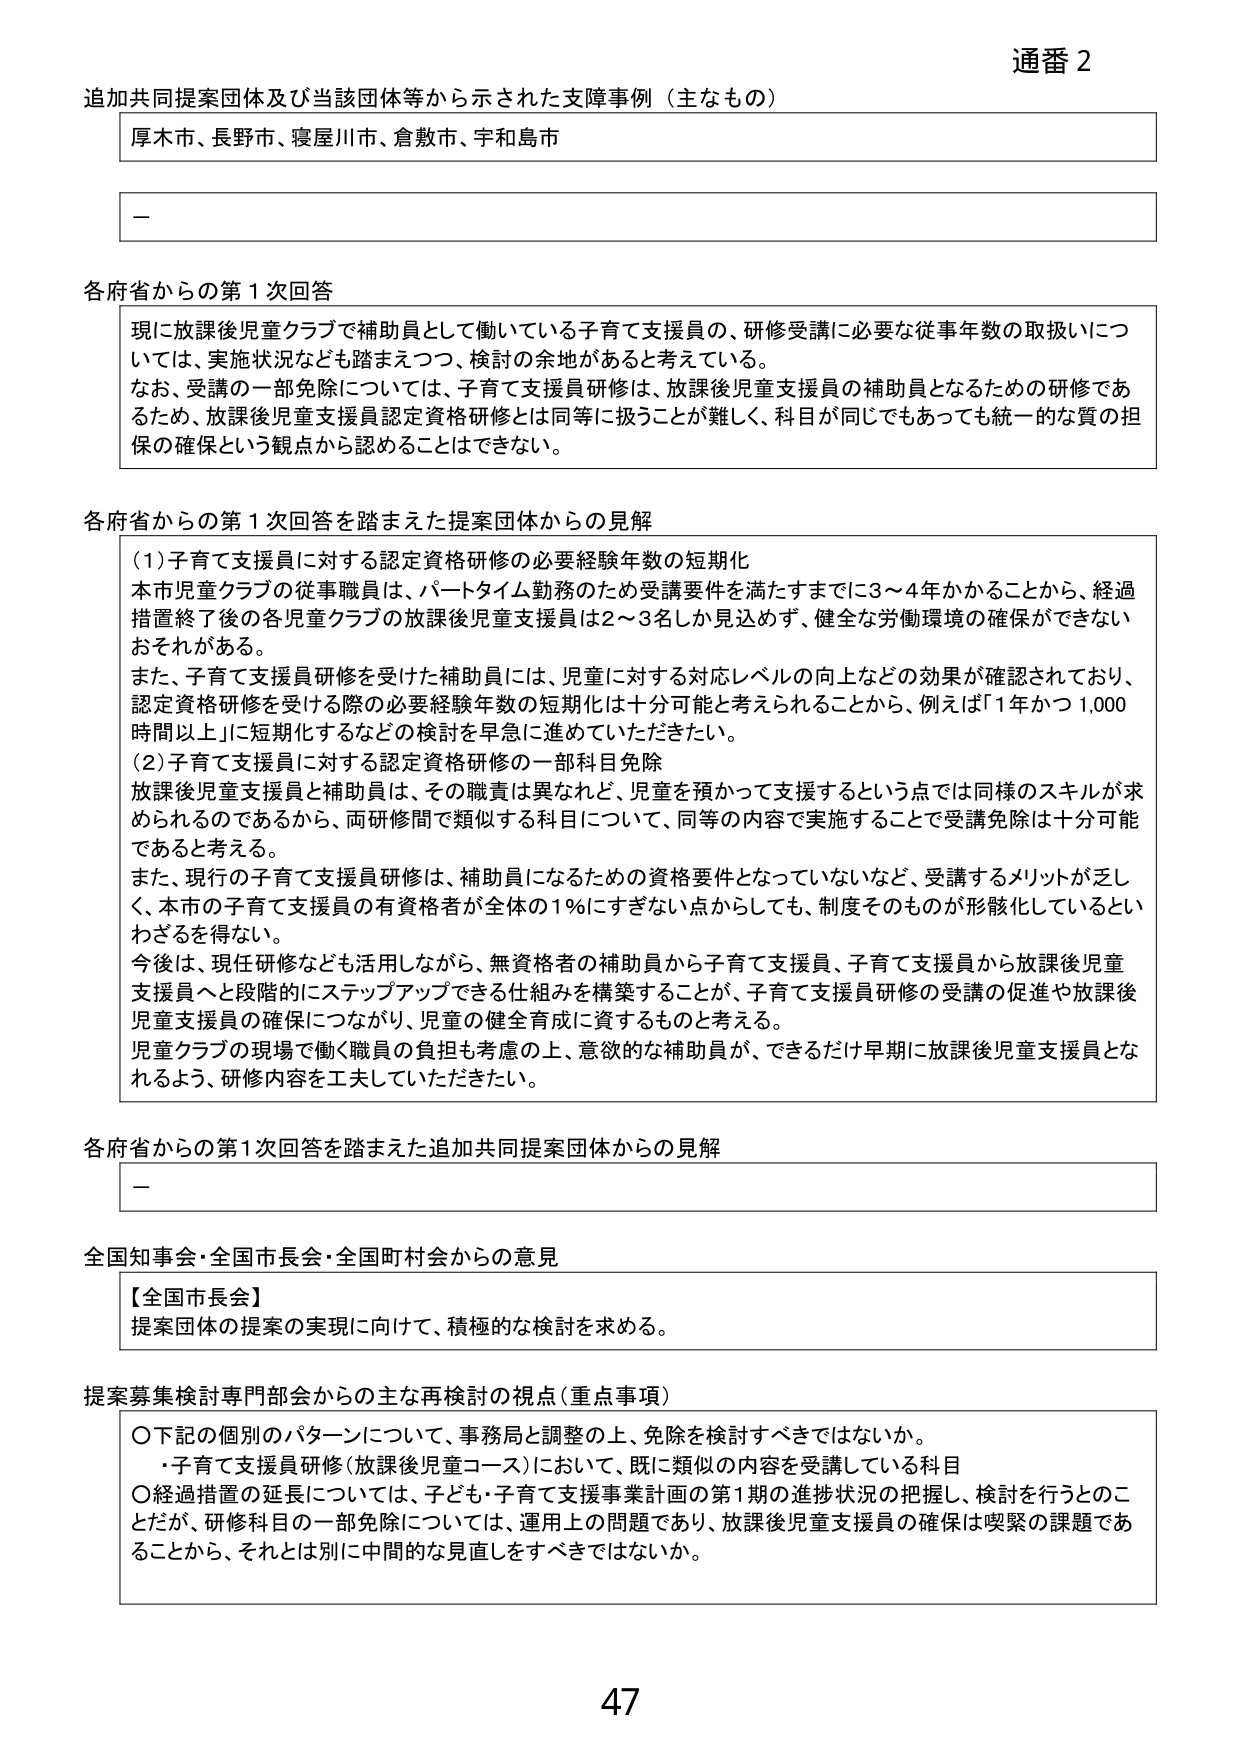
通番 2

追加共同提案団体及び当該団体等から示された支障事例（主なもの）
厚木市、長野市、寝屋川市、倉敷市、宇和島市

－

各府省からの第1次回答
現に放課後児童クラブで補助員として働いている子育て支援員の、研修受講に必要な従事年数の取扱いについては、実施状況なども踏まえつつ、検討の余地があると考えている。
なお、受講の一部免除については、子育て支援員研修は、放課後児童支援員の補助員となるための研修であるため、放課後児童支援員認定資格研修とは同等に扱うことが難しく、科目が同じでもあっても統一的な質の担保の確保という観点から認めることはできない。

各府省からの第1次回答を踏まえた提案団体からの見解
（1）子育て支援員に対する認定資格研修の必要経験年数の短期化
本市児童クラブの従事職員は、パートタイム勤務のため受講要件を満たすまでに3～4年かかることから、経過措置終了後の各児童クラブの放課後児童支援員は2～3名しか見込めず、健全な労働環境の確保ができないおそれがある。
また、子育て支援員研修を受けた補助員には、児童に対する対応レベルの向上などの効果が確認されており、認定資格研修を受ける際の必要経験年数の短期化は十分可能と考えられることから、例えば「1年かつ1,000時間以上」に短期化するなどの検討を早急に進めていただきたい。
（2）子育て支援員に対する認定資格研修の一部科目免除
放課後児童支援員と補助員は、その職責は異なれど、児童を預かって支援するという点では同様のスキルが求められるのであるから、両研修間で類似する科目について、同等の内容で実施することで受講免除は十分可能であると考える。
また、現行の子育て支援員研修は、補助員になるための資格要件となっていないなど、受講するメリットが乏しく、本市の子育て支援員の有資格者が全体の1％にすぎない点からしても、制度そのものが形骸化しているといわざるを得ない。
今後は、現任研修なども活用しながら、無資格者の補助員から子育て支援員、子育て支援員から放課後児童支援員へと段階的にステップアップできる仕組みを構築することが、子育て支援員研修の受講の促進や放課後児童支援員の確保につながり、児童の健全育成に資するものと考える。
児童クラブの現場で働く職員の負担も考慮の上、意欲的な補助員が、できるだけ早期に放課後児童支援員となるよう、研修内容を工夫していただきたい。

各府省からの第1次回答を踏まえた追加共同提案団体からの見解
－

全国知事会・全国市長会・全国町村会からの意見
【全国市長会】
提案団体の提案の実現に向けて、積極的な検討を求める。

提案募集検討専門部会からの主な再検討の視点（重点事項）
〇下記の個別のパターンについて、事務局と調整の上、免除を検討すべきではないか。
・子育て支援員研修（放課後児童コース）において、既に類似の内容を受講している科目
〇経過措置の延長については、子ども・子育て支援事業計画の第1期の進捗状況の把握し、検討を行うとのことだが、研修科目の一部免除については、運用上の問題であり、放課後児童支援員の確保は喫緊の課題であることから、それとは別に中間的な見直しをすべきではないか。

47